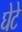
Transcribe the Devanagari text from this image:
घेटे